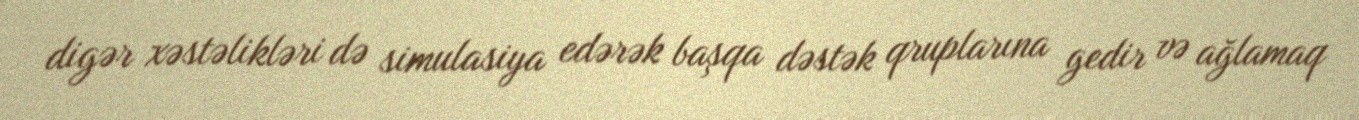
digər xəstəlikləri də simulasiya edərək başqa dəstək qruplarına gedir və ağlamaq